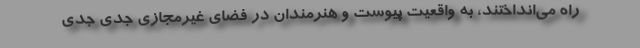
راه می‌انداختند، به واقعیت پیوست و هنرمندان در فضای غیرمجازی جدی جدی